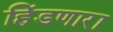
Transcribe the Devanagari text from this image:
हिंडणारा